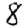
Digit: 8